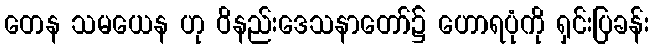
တေန သမယေန ဟု ဝိနည်းဒေသနာတော်၌ ဟောရပုံကို ရှင်းပြခန်း